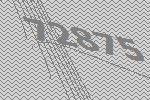
72875